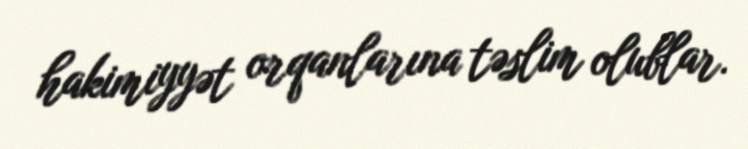
hakimiyyət orqanlarına təslim olublar.